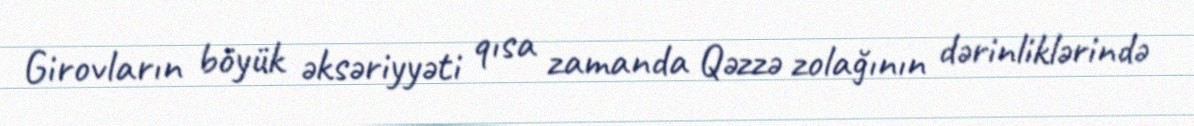
Girovların böyük əksəriyyəti qısa zamanda Qəzzə zolağının dərinliklərində